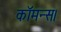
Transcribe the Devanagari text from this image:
कॉमन्स।